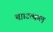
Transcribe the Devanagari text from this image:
था।उत्कल